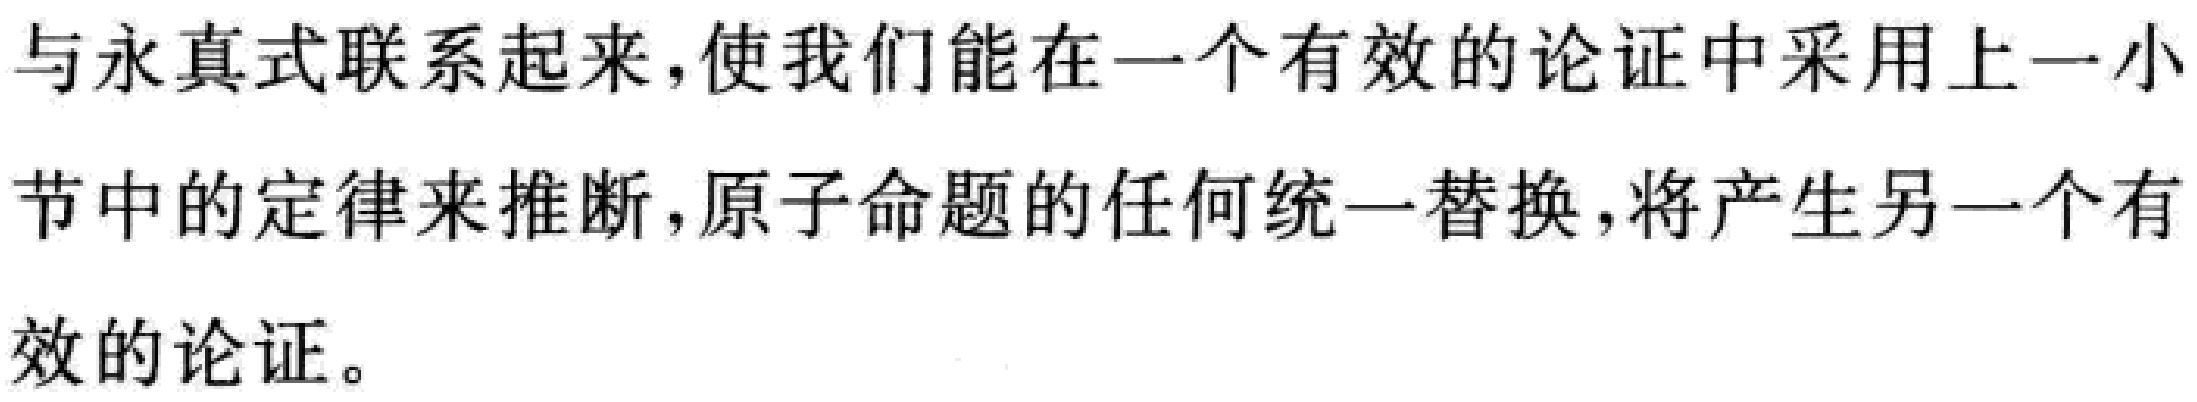
与永真式联系起来,使我们能在一个有效的论证中采用上一小节中的定律来推断,原子命题的任何统一替换,将产生另一个有效的论证。